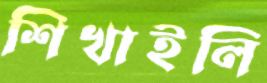
শিখাইলি